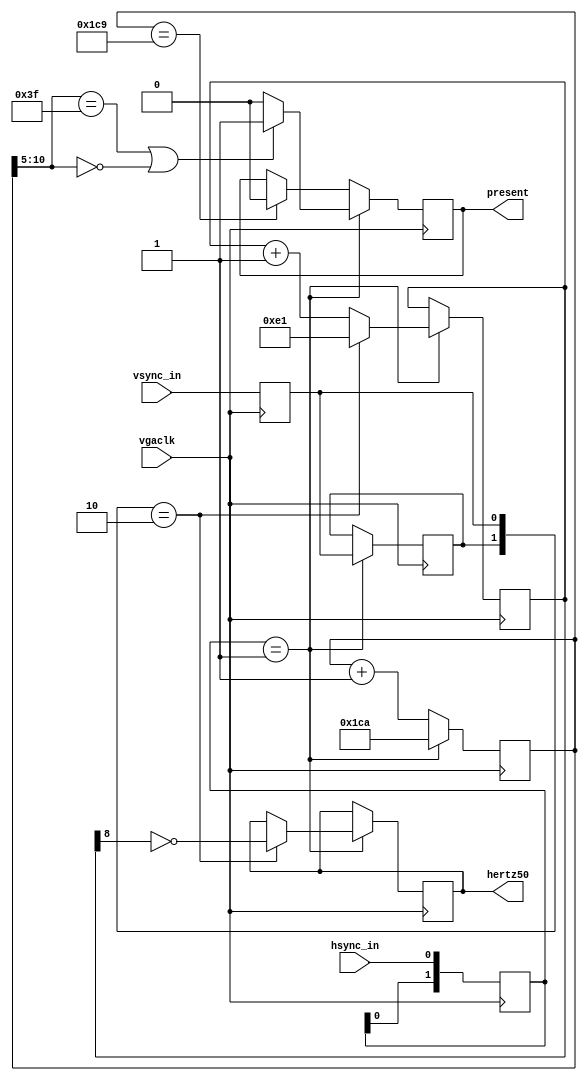
// This program was cloned from: https://github.com/apuder/TRS-IO
// License: GNU General Public License v3.0

`timescale 1ns / 1ps

module videodetector(
   input vgaclk, // 25.2MHz clock
   input hsync_in,
   input vsync_in,

   output reg present,
   output reg hertz50
);


// Detect if the video input is present by measuring the period of the
// horizontal sync.  If it toggles with approximately the correct period
// then declare video as present.
// Detect if the video input is 60Hz or 50Hz by counting the number of
// horizontal scan rows.  Compare to the value midway between the number
// for 60 and 50 and if less than declare as 60Hz and if greater declare
// as 50Hz.
 
reg [1:0] hsync_in_dly;
reg [1:0] vsync_in_dly;

always @ (posedge vgaclk)
begin
   hsync_in_dly <= { hsync_in_dly[0], hsync_in }; // no glitch suppression
   //hsync_in_dly <= { hsync_in_dly[0], (^hsync_in_dly) ? hsync_in_dly[0] : hsync_in }; // glitch suppression

   vsync_in_dly[0] <= vsync_in; // no glitch suppression
end


// The horizontal rate is 15.84kHz.  25.2MHz/15.84kHz = 1591
reg [10:0] hcnt; // mod 1591 horizontal counter -1590..0 when hsync present

// The vertical rate is either 60Hz or 50Hz.  The 60Hz has 22 character rows,
// the 50Hz has 26 character rows.  Each character row is 12 scan rows.
// Detect 60/50 Hz by counting the scan rows per frame using a threshold of
// 24*12 = 288.
reg [8:0] vcnt;

always @ (posedge vgaclk)
begin
   // When present the hsync will sample xcnt when it crosses through zero.
   // The hsync signal is generated by a one-shot so only one edge is reliable
   // which from observation is the rising edge.
   if(hsync_in_dly == 2'b01) // rising edge
   begin
      // If the hsync is in the neighborhood of zero crossing then indicate
      // that video is present.
      present <= (hcnt[10:5] == 6'b111111 || hcnt[10:5] == 6'b000000) ? 1'b1: 1'b0;
      hcnt <= -11'd1590;

      vsync_in_dly[1] <= vsync_in_dly[0];
      if(vsync_in_dly == 2'b10) // falling edge
      begin
         hertz50 <= ~vcnt[8];
         vcnt <= -9'd287;
      end
      else
         vcnt <= vcnt + 9'd1;
   end
   else
   begin
      hcnt <= hcnt + 11'd1;
      // If counter wraps then must be free-running (no sync) so indicate
      // that video is not present.
      if(hcnt == -11'd1591)
         present <= 1'b0;
   end
end

endmodule